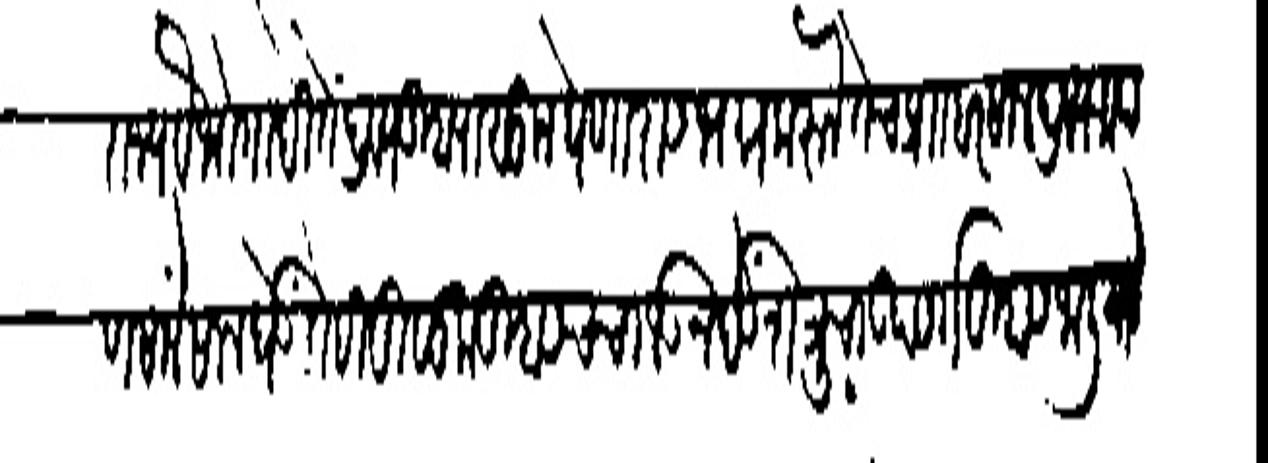
Transliteration (Devanagari): राज्य वभोगादि तें द्रब्य तुम्हापासून घेणारास भग्न करन तेच प्रा हरसाल द्रव्य आप
ण सालेसाल घेऊं तेही मुलूक तुम्हासच चालऊन बेऊं शत्रूचा उपसरग तुम्हास जालियाने